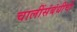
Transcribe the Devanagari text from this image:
चालींसंबंधीची